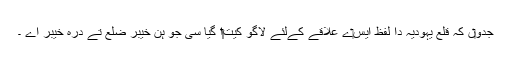
جدو‏ں کہ قلع یہودیہ دا لفظ ايس‏ے علاقے کےلئے لاگو کيت‏‏ا گیا سی جو ہن خیبر ضلع تے درہ خیبر اے ۔